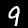
Digit: 9